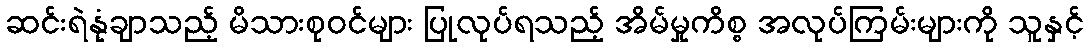
ဆင်းရဲနုံချာသည့် မိသားစုဝင်များ ပြုလုပ်ရသည့် အိမ်မှုကိစ္စ အလုပ်ကြမ်းများကို သူနှင့်